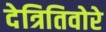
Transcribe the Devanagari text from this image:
देत्रितिवोरे